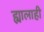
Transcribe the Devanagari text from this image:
ह्यालाही